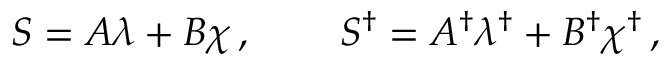
S = A \lambda + B \chi \, , \qquad \, S ^ { \dagger } = A ^ { \dagger } \lambda ^ { \dagger } + B ^ { \dagger } \chi ^ { \dagger } \, ,